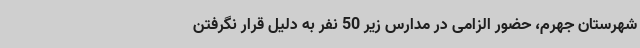
شهرستان جهرم، حضور الزامی در مدارس زیر 50 نفر به دلیل قرار نگرفتن